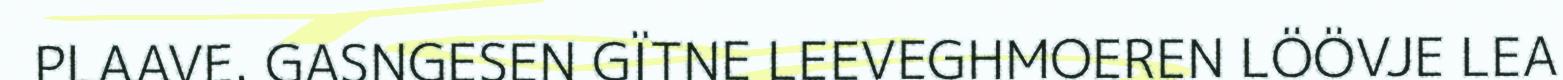
PLAAVE. GASNGESEN GÏTNE LEEVEGHMOEREN LÖÖVJE LEA